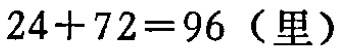
\(24 + 72 = 96 \text{（里）}\)